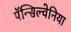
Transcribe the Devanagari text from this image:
पॅन्सिल्वेनिया